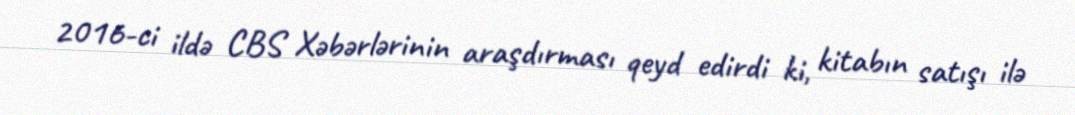
2016-ci ildə CBS Xəbərlərinin araşdırması qeyd edirdi ki, kitabın satışı ilə